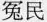
冤民